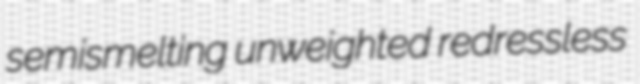
semismelting unweighted redressless